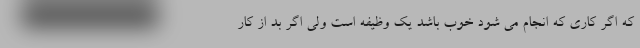
که اگر کاری که انجام می شود خوب باشد یک وظیفه است ولی اگر بد از کار